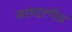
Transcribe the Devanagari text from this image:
आधारपीठ